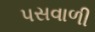
પસવાળી